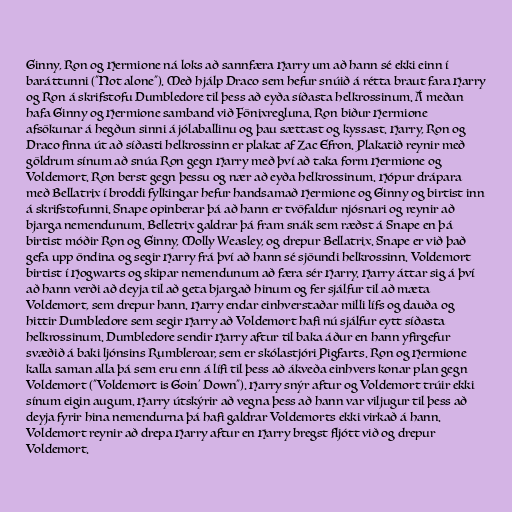
Ginny, Ron og Hermione ná loks að sannfæra Harry um að hann sé ekki einn í
baráttunni ("Not alone"). Með hjálp Draco sem hefur snúið á rétta braut fara Harry
og Ron á skrifstofu Dumbledore til þess að eyða síðasta helkrossinum. Á meðan
hafa Ginny og Hermione samband við Fönixregluna. Ron biður Hermione
afsökunar á hegðun sinni á jólaballinu og þau sættast og kyssast. Harry, Ron og
Draco finna út að síðasti helkrossinn er plakat af Zac Efron. Plakatið reynir með
göldrum sínum að snúa Ron gegn Harry með því að taka form Hermione og
Voldemort. Ron berst gegn þessu og nær að eyða helkrossinum. Hópur drápara
með Bellatrix í broddi fylkingar hefur handsamað Hermione og Ginny og birtist inn
á skrifstofunni. Snape opinberar þá að hann er tvöfaldur njósnari og reynir að
bjarga nemendunum. Belletrix galdrar þá fram snák sem ræðst á Snape en þá
birtist móðir Ron og Ginny, Molly Weasley, og drepur Bellatrix. Snape er við það
gefa upp öndina og segir Harry frá því að hann sé sjöundi helkrossinn. Voldemort
birtist í Hogwarts og skipar nemendunum að færa sér Harry. Harry áttar sig á því
að hann verði að deyja til að geta bjargað hinum og fer sjálfur til að mæta
Voldemort, sem drepur hann. Harry endar einhverstaðar milli lífs og dauða og
hittir Dumbledore sem segir Harry að Voldemort hafi nú sjálfur eytt síðasta
helkrossinum. Dumbledore sendir Harry aftur til baka áður en hann yfirgefur
svæðið á baki ljónsins Rumbleroar, sem er skólastjóri Pigfarts. Ron og Hermione
kalla saman alla þá sem eru enn á lífi til þess að ákveða einhvers konar plan gegn
Voldemort ("Voldemort is Goin' Down"). Harry snýr aftur og Voldemort trúir ekki
sínum eigin augum. Harry útskýrir að vegna þess að hann var viljugur til þess að
deyja fyrir hina nemendurna þá hafi galdrar Voldemorts ekki virkað á hann.
Voldemort reynir að drepa Harry aftur en Harry bregst fljótt við og drepur
Voldemort.